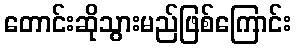
တောင်းဆိုသွားမည်ဖြစ်ကြောင်း